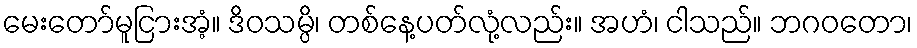
မေးတော်မူငြားအံ့။ ဒိဝသမ္ပိ၊ တစ်နေ့ပတ်လုံ့လည်း။ အဟံ၊ ငါသည်။ ဘဂဝတော၊